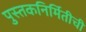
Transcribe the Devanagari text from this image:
पुस्तकनिर्मितीची